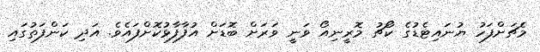
މެޗަށްފަހު ޔުނައިޓެޑުގެ ކޯޗު މޮރީނިއޯ ވަނީ ވަރަށް ބޮޑަށް އުފާފާޅުކޮށްފައެވެ. އަދި ކަންފަތުގައި